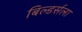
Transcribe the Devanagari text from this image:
बिल्डर्सला